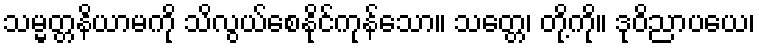
သမ္မတ္တနိယာမကို သိလွယ်စေနိုင်ကုန်သော။ သတ္တေ၊ တို့ကို။ ဒုဝိညာပယေ၊